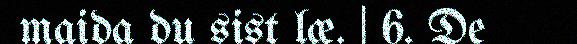
maida du sist læ. | 6. De